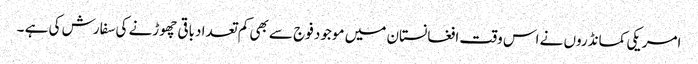
امریکی کمانڈروں نے اس وقت افغانستان میں موجود فوج سے بھی کم تعدا دباقی چھوڑنے کی سفارش کی ہے ۔